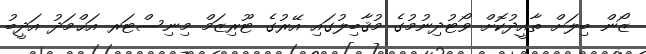
ޒޯން ބިލަށް ތާއީދުކޮށް ވޯޓުދިނުމުގެ މުޤާބިލުގައި އޭރުގެ ޓޫރިޒަމް މިނިސްޓަރ އަޙްމަދު އަދީބު